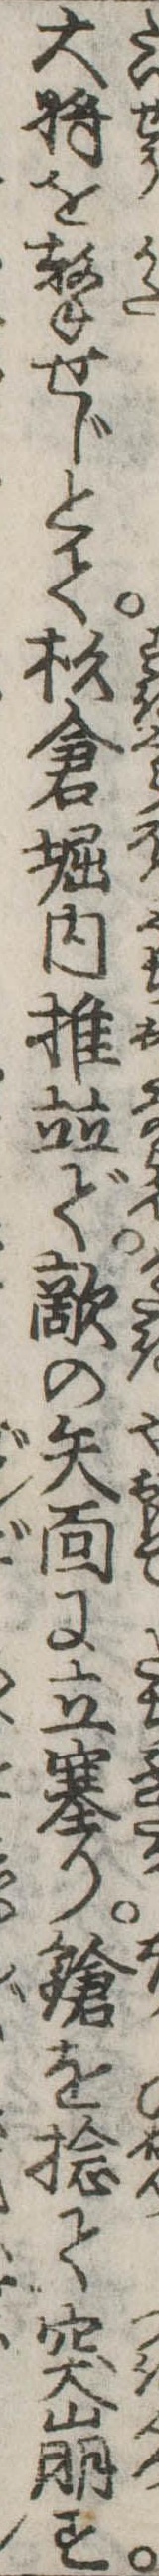
大将を撃せじとて杉倉堀内推並で敵の矢面に立塞り鎗を捻て突崩す